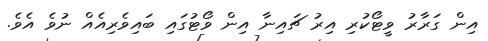
އިން ގަރާރު ވީޓޯކުރި އިރު ޗައިނާ އިން ވޯޓުގައި ބައިވެރިއެއް ނުވެ އެވެ.